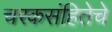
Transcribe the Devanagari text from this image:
चरकसंहितेचे